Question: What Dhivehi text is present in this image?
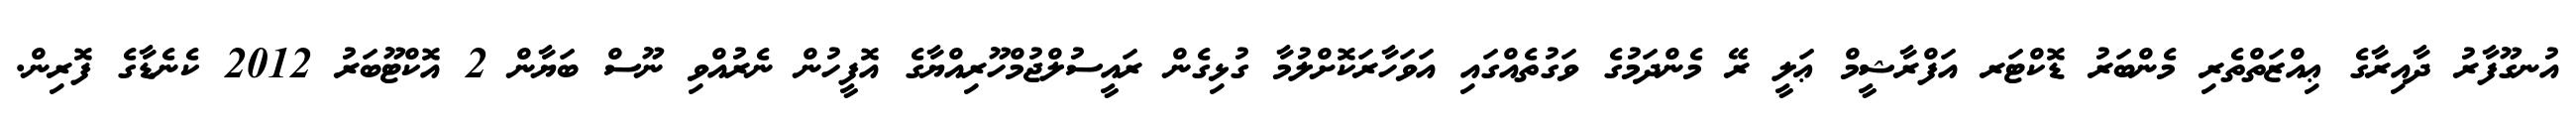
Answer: އުނގޫފާރު ދާއިރާގެ ޢިއްޒަތްތެރި މެންބަރު ޑޮކްޓަރ އަފްރާޝީމް ޢަލީ ރޭ މެންދަމުގެ ވަގުތެއްގައި އަވަހާރަކޮށްލުމާ ގުޅިގެން ރައީސުލްޖުމްހޫރިއްޔާގެ އޮފީހުން ނެރުއްވި ނޫސް ބަޔާން 2 އޮކްޓޫބަރު 2012 ކެނެޑާގެ ފޮރިން.